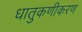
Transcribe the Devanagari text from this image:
धातुकणीकरण